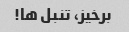
برخیز، تنبل ها!